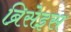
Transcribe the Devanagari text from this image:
ब्रिसेइस